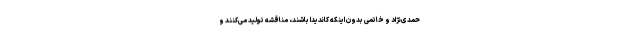
حمدی‌نژاد و خاتمی بدون اینکه کاندیدا باشند، مناقشه تولید می‌کنند و